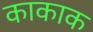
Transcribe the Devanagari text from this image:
काकाक